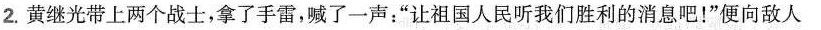
2.黄继光带上两个战士，拿了手雷，喊了一声：”让祖国人民听我们胜利的消息吧！”便向敌人